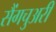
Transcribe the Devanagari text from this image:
सैंगचुअरी